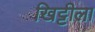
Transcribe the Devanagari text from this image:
खिट्टीला